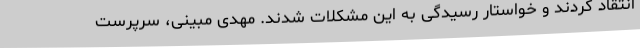
انتقاد کردند و خواستار رسیدگی به این مشکلات شدند. مهدی مبینی، سرپرست